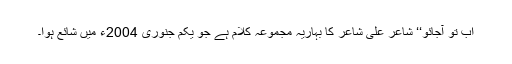
اب تو آجائو‘‘ شاعر علی شاعر کا بہاریہ مجموعہ کلام ہے جو یکم جنوری 2004ء میں شائع ہوا۔